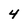
Character: 4